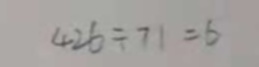
4 2 6 \div 7 1 = 6